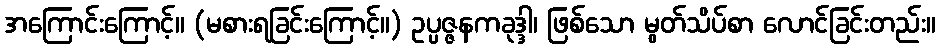
အကြောင်းကြောင့်။ (မစားရခြင်းကြောင့်။) ဥပ္ပဇ္ဇနကခုဒ္ဒါ၊ ဖြစ်သော မွတ်သိပ်စာ လောင်ခြင်းတည်း။